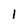
Character: 1